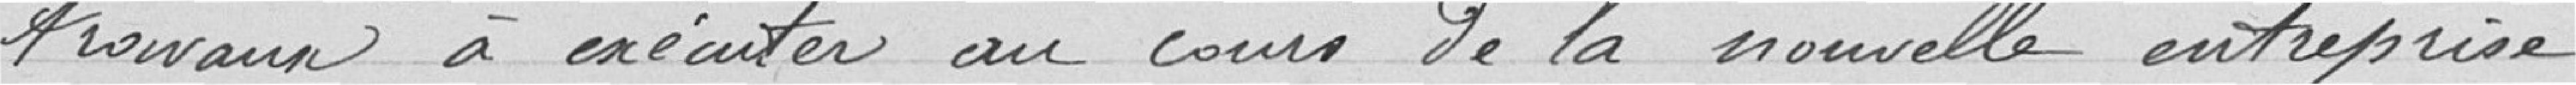
travaux à exécuter au cours de la nouvelle entreprise.